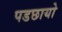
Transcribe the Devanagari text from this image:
पडछायो